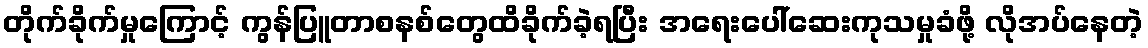
တိုက်ခိုက်မှုကြောင့် ကွန်ပြူတာစနစ်တွေထိခိုက်ခဲ့ရပြီး အရေးပေါ်ဆေးကုသမှုခံဖို့ လိုအပ်နေတဲ့